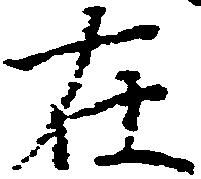
在